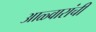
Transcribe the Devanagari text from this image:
आळ्वारांची